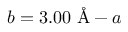
b = 3 . 0 0 \textrm { \AA } - a